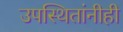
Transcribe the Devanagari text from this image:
उपस्थितांनीही